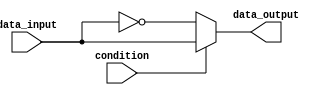
module conditional_assignment(
  input wire condition,
  input wire data_input,
  output reg data_output
);

// Behavioral modeling block for if-else statement with ternary operator
always @(*) begin
  // Using ternary operator to assign values based on condition
  data_output = condition ? data_input : ~data_input;
end

endmodule